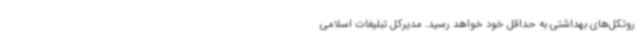
روتکل‌های بهداشتی به حداقل خود خواهد رسید. مدیرکل تبلیغات اسلامی